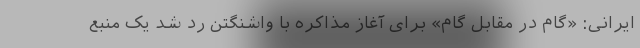
ایرانی: «گام در مقابل گام» برای آغاز مذاکره با واشنگتن رد شد یک منبع